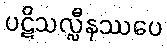
ပဋိသလ္လီနဿပေ